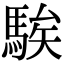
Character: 騃